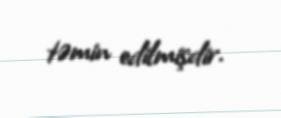
təmin edilmişdir.